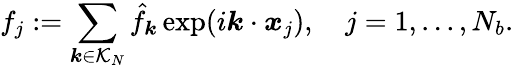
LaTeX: f_{j}:=\sum_{\boldsymbol k\in\mathcal{K}_{N}}\hat{f}_{\boldsymbol k}\exp(i\boldsymbol k\cdot\boldsymbol x_{j}),\quad j=1,...,N_{b}.